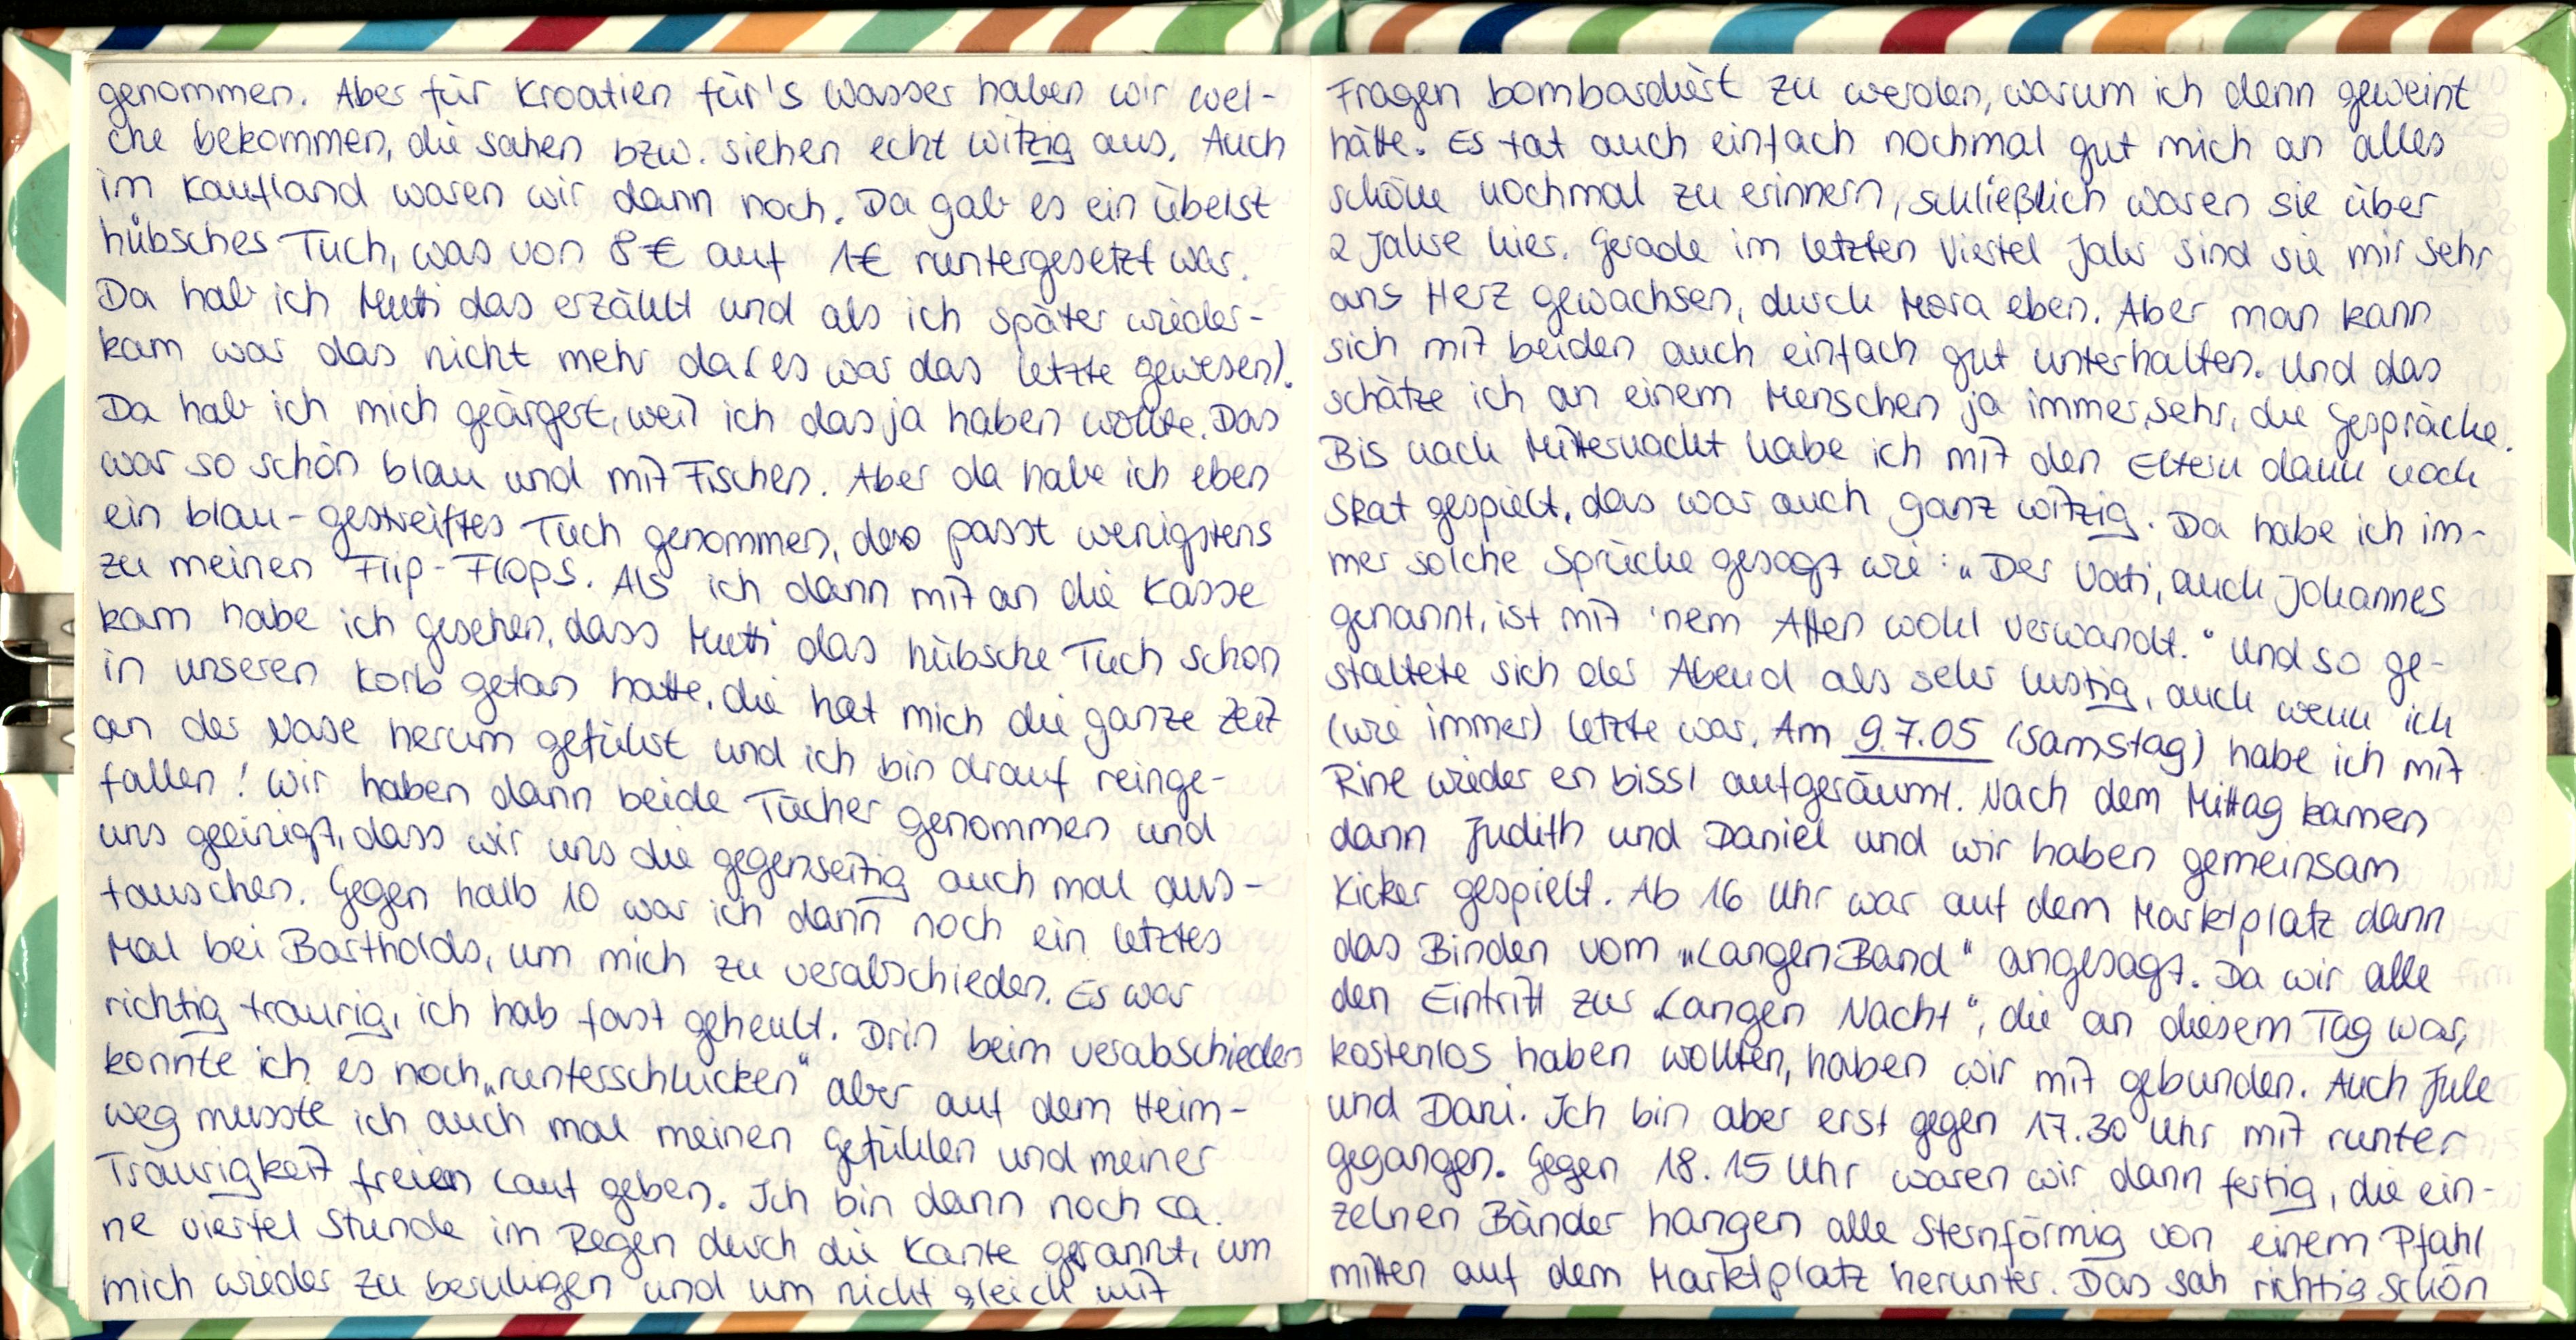
genommen. Aber für Kroatien für's Wasser haben wir wel-
che bekommen, die sahen bzw. siehen echt witzig aus. Auch
im Kaufland waren wir dann noch. Da gab es ein übelst
hübsches Tuch, was von 8€ auf 1€ runtergesetzt war.
Da hab ich Mutti das erzählt und als ich später wieder-
kam war das nicht mehr da (es war das letzte gewesen).
Da hab ich mich geärgert, weil ich das ja haben wollte. Das
war so schön blau und mit Fischen. Aber da habe ich eben
ein blau-gestreiftes Tuch genommen, dass passt wenigstens
zu meinen Flip-Flops. Als ich dann mit an die Kasse
kam habe ich gesehen, dass Mutti das hübsche Tuch schon
in unseren Korb getan hatte, die hat mich die ganze Zeit
an der Nase herum geführt und ich bin drauf reinge-
fallen! Wir haben dann beide Tücher genommen und
uns geeinigt, dass wir uns die gegenseitig auch mal aus-
tauschen. Gegen halb 10 war ich dann noch ein letztes
Mal bei Bartholds, um mich zu verabschieden. Es war
richtig traurig, ich hab fast geheult. Drin beim verabschieden
konnte ich es noch „runterschlucken" aber auf dem Heim-
weg musste ich auch mal meinen Gefüllen und meiner
Traurigkeit freuen Lauf geben. Ich bin dann noch ca.
ne viertel Stunde im Regen durch die Kante gerannt, um
mich wieder zu beruhigen und um nicht gleich mit

Fragen bombardiert zu werden, warum ich denn geweint
hätte. Es tat auch einfach nochmal gut mich an alles
schöne nochmal zu erinnern, schließlich waren sie über
2 Jahre hier. Gerade im letzten Viertel Jahr sind sie mir sehr
ans Herz gewachsen, durch Mora eben. Aber man kann
sich mit beiden auch einfach gut unterhalten. Und das
schätze ich an einem Menschen ja immer, sehr, die Gespräche.
Bis nach Mitternacht habe ich mit den Eltern dann noch
Skat gespielt, das war auch ganz witzig. Da habe ich im-
mer solche Sprüche gesagt wie: „Der Vati, auch Johannes
genannt, ist mit 'nem Affen wohl verwandt." und so ge-
staltete sich der Abend als sehr lustig, auch wenn ich
(wie immer) letzte war. Am 9.7.05 (Samstag) habe ich mit
Rine wieder en bissl aufgeräumt. Nach dem Mittag kamen
dann Judith und Daniel und wir haben gemeinsam
Kicker gespielt. Ab 16 Uhr war auf dem Marktplatz dann
das Binden vom „Langen Band" angesagt. Da wir alle
den Eintritt zur „Langen Nacht", die an diesem Tag war,
kostenlos haben wollten, haben wir mit gebunden. Auch Jule
und Dani. Ich bin aber erst gegen 17.30 Uhr mit runter
gegangen. Gegen 18.15 Uhr waren wir dann fertig, die ein-
zelnen Bänder hangen alle Sternförmig von einem Pfahl
mitten auf dem Marktplatz herunter. Das sah richtig schön